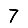
Digit: 7